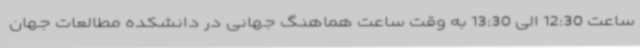
ساعت 12:30 الی 13:30 به وقت ساعت هماهنگ جهانی در دانشکده مطالعات جهان